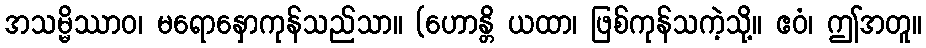
အသမ္မိဿာဝ၊ မရောနှောကုန်သည်သာ။ (ဟောန္တိ ယထာ၊ ဖြစ်ကုန်သကဲ့သို့။ ဧဝံ၊ ဤအတူ။